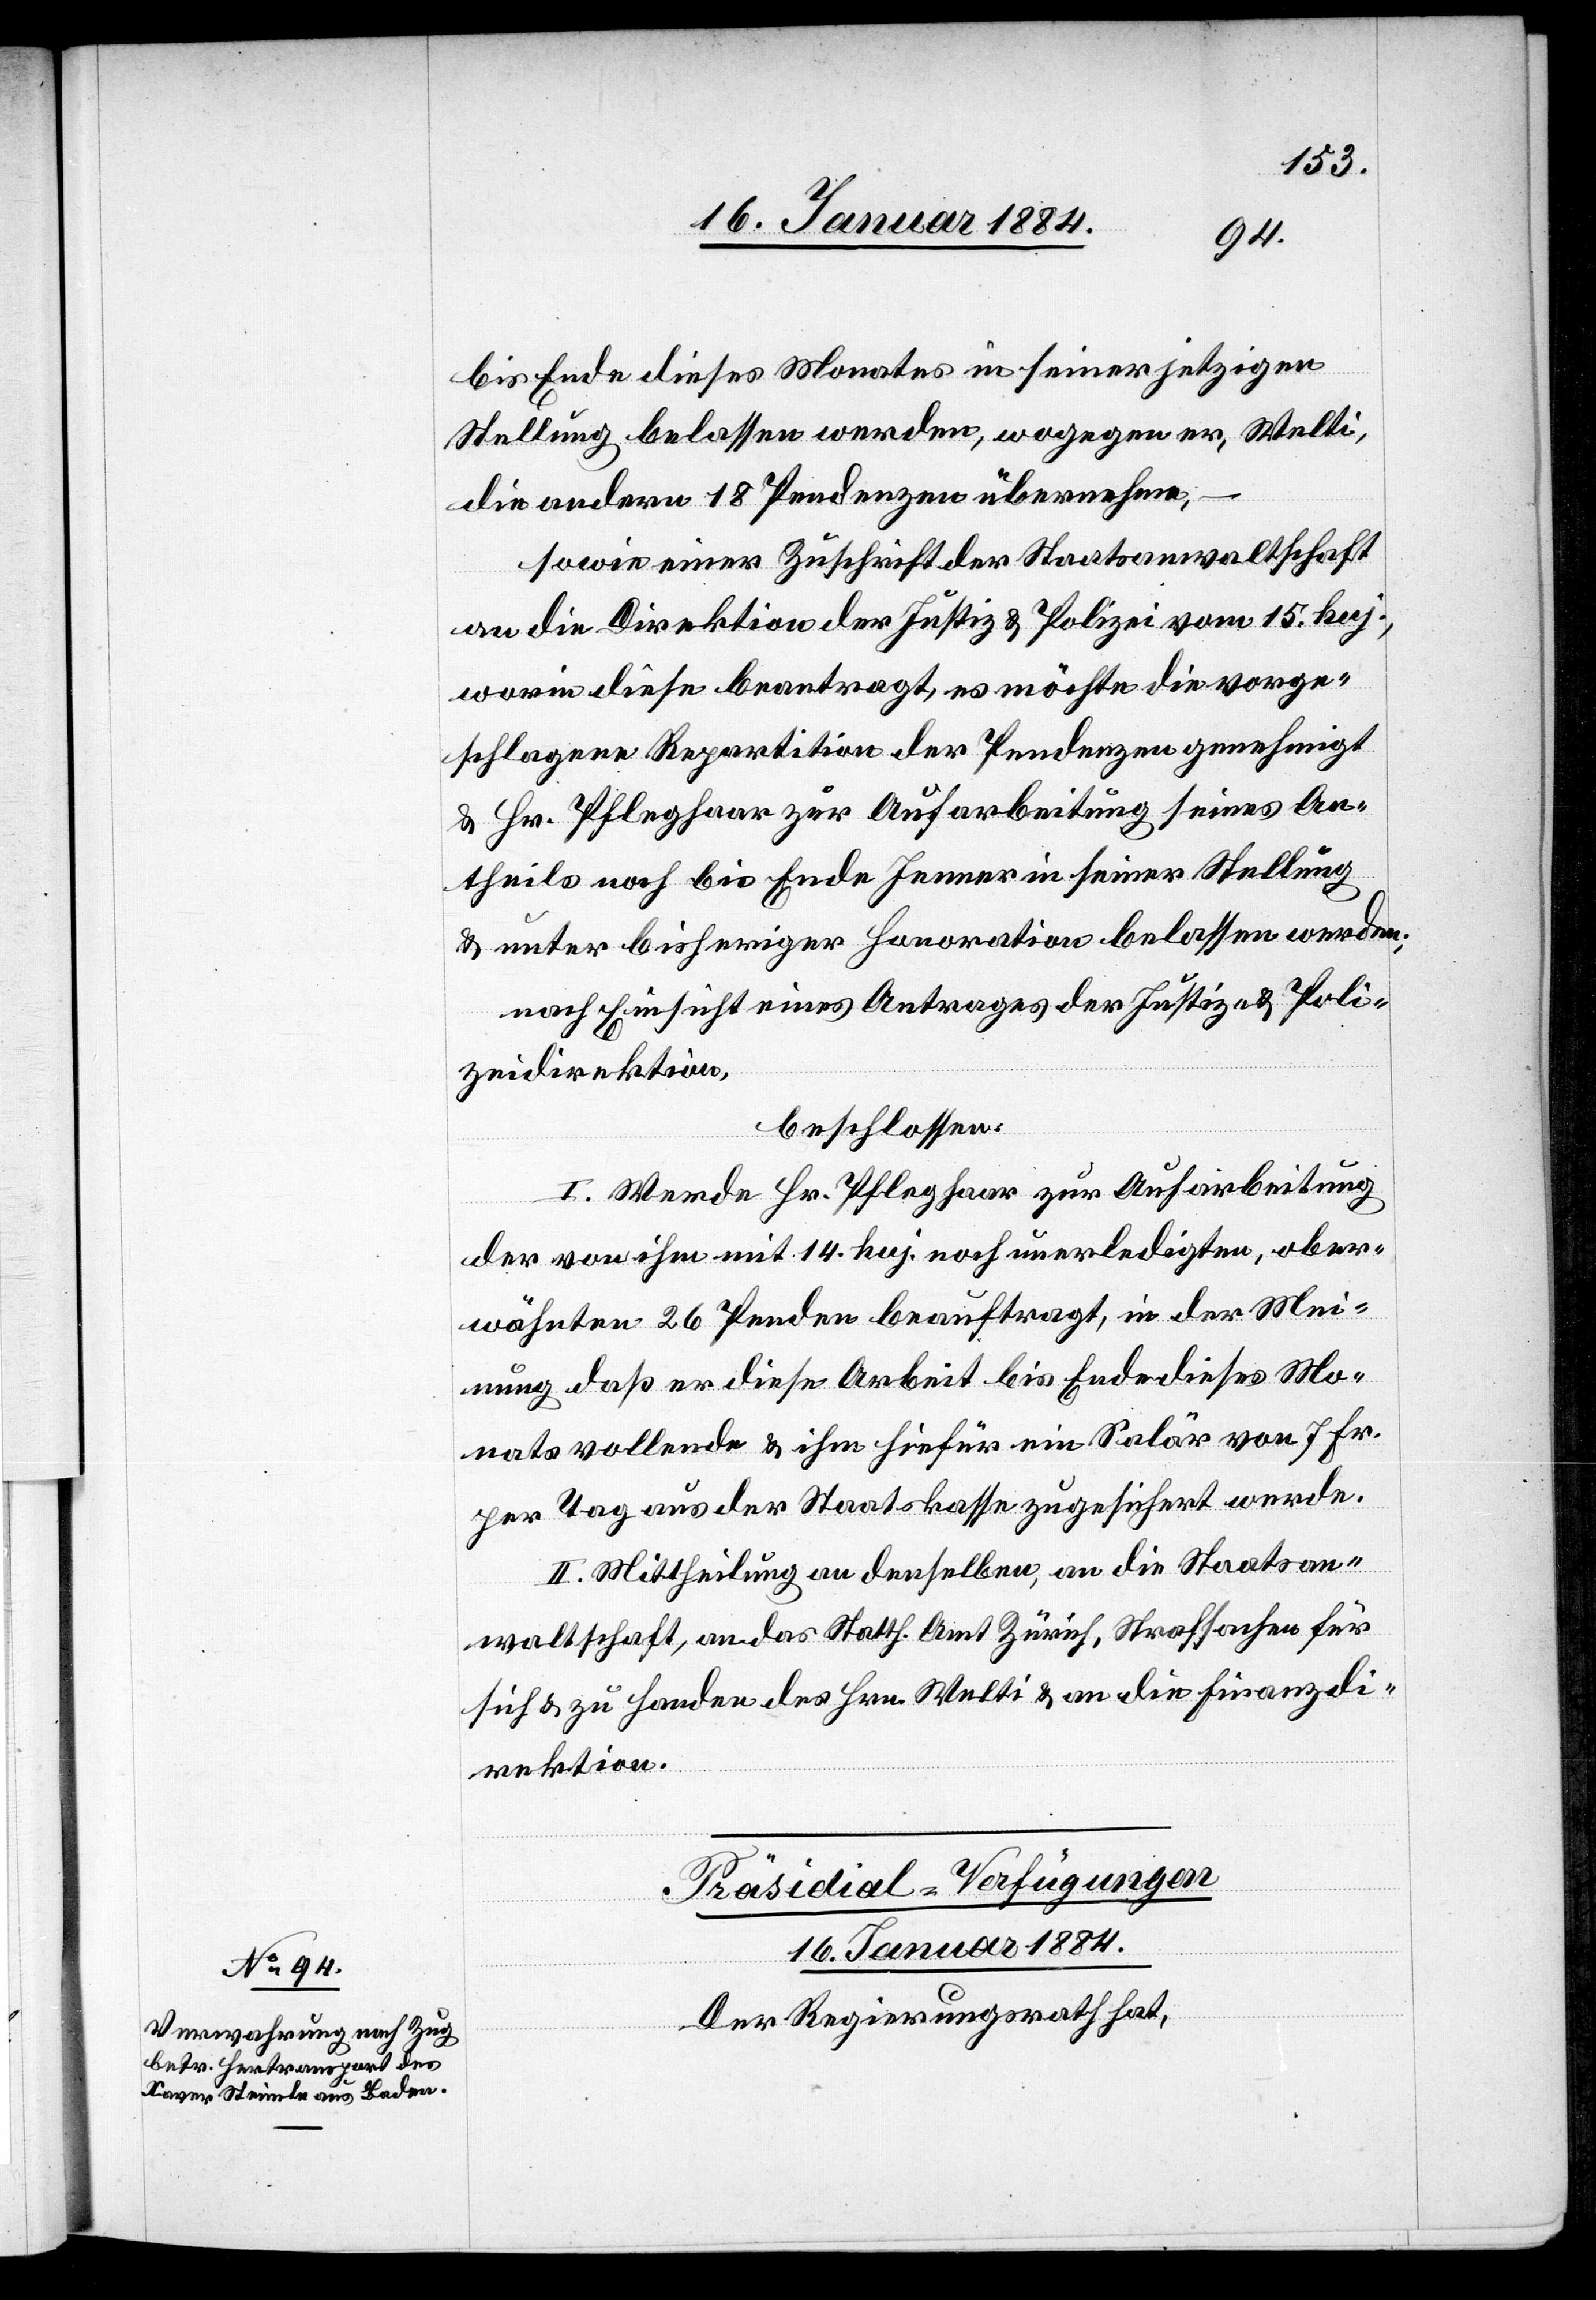
bis Ende dieses Monates in seiner jetzigen
Stellung belassen werden, wogegen er, Welti,
die andern 18 Pendenzen übernehme,
sowie einer Zuschrift der Staatsanwaltschaft
an die Direktion der Justiz & Polizei vom 15. huj.,
worin diese beantragt, es möchte die vorge¬
schlagene Repartition der Pendenzen genehmigt
& Hr. Pfleghaar zur Aufarbeitung seines An¬
theils noch bis Ende Januar in seiner Stellung
& unter bisheriger Honoration belassen werden;
nach Einsicht eines Antrages der Justiz- & Poli¬
zeidirektion
beschlossen:
I. Werde Hr. Pfleghaar zur Aufarbeitung
der von ihm mit 14 huj. noch unerledigten, ober¬
wähnten 26 Penden[zen] beauftragt, in der Mei¬
nung, daß er diese Arbeit bis Ende dieses Mo¬
nates vollende & ihm hiefür ein Salär von 7 Fr.
per Tag aus der Staatskasse zugesichert werde.
II. Mittheilung an denselben, an die Staatsan¬
waltschaft, an das Statth. Amt Zürich, Strafsachen für
sich & zu Handen des Hrn. Welti & an die Finanzdi¬
rektion.
Präsidial-Verfügungen.
16. Januar 1884.
Der Regierungsrath hat,